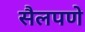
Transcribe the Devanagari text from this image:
सैलपणे